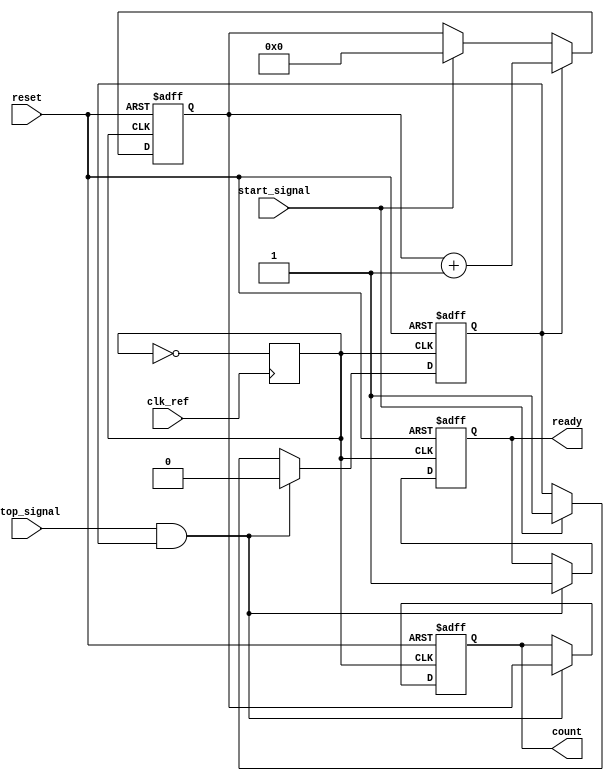
module TDC (
    input wire clk_ref,          // Reference clock input
    input wire start_signal,     // Start signal
    input wire stop_signal,      // Stop signal
    input wire reset,            // Reset signal
    output reg [31:0] count,     // Output count value
    output reg ready             // Ready signal
);

// Internal signals
reg vco_clk;                    // VCO output clock
reg [31:0] counter;             // Counter for clock cycles
reg measuring;                  // Measuring state

// PLL Simulation (simplified)
// In a real implementation, a PLL module would be instantiated here.
always @(posedge clk_ref) begin
    // Simple VCO simulation: toggle VCO clock at a certain frequency
    vco_clk <= ~vco_clk;
end

// State machine for measuring time intervals
always @(posedge vco_clk or posedge reset) begin
    if (reset) begin
        counter <= 32'b0;
        count <= 32'b0;
        ready <= 1'b0;
        measuring <= 1'b0;
    end else begin
        if (start_signal) begin
            measuring <= 1'b1;   // Start measuring
            counter <= 32'b0;    // Reset counter
        end
        
        if (measuring) begin
            counter <= counter + 1; // Increment counter on each VCO clock cycle
        end
        
        if (stop_signal && measuring) begin
            count <= counter;      // Capture the count value
            ready <= 1'b1;        // Indicate measurement is complete
            measuring <= 1'b0;    // Stop measuring
        end
    end
end

endmodule